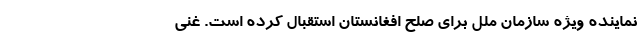
نماینده ویژه سازمان ملل برای صلح افغانستان استقبال کرده است. غنی